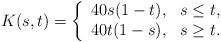
LaTeX: \begin{align*}K(s,t) = \left\{ \begin{array}{lll} 40s(1-t), & s\leq t, \\ 40t(1-s), & s\geq t. \end{array}\right.\end{align*}